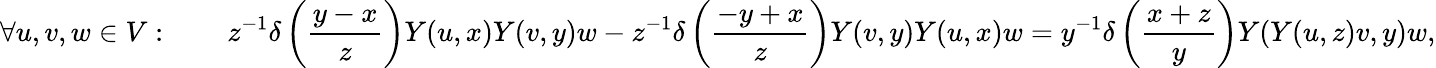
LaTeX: \forall u,v,w\in V:\qquad z^{-1}\delta\left({\frac{y-x}{z}}\right)Y(u,x)Y(v,y)w-z^{-1}\delta\left({\frac{-y+x}{z}}\right)Y(v,y)Y(u,x)w=y^{-1}\delta\left({\frac{x+z}{y}}\right)Y(Y(u,z)v,y)w,